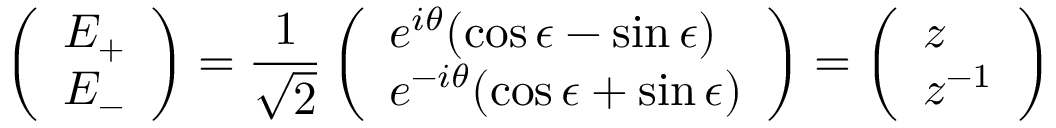
\left( \begin{array} { l } { E _ { + } } \\ { E _ { - } } \end{array} \right) = \frac { 1 } { \sqrt { 2 } } \left( \begin{array} { l } { e ^ { i \theta } ( \cos \epsilon - \sin \epsilon ) } \\ { e ^ { - i \theta } ( \cos \epsilon + \sin \epsilon ) } \end{array} \right) = \left( \begin{array} { l } { z } \\ { z ^ { - 1 } } \end{array} \right) \,